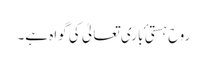
روح ہستی ٔ باری تعالیٰ کی گواہ ہے۔